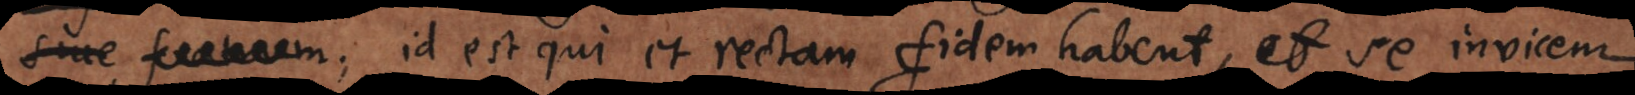
m; id est qui et rectam fidem habent, et se invicem